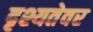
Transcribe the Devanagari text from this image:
दृश्यतेवर